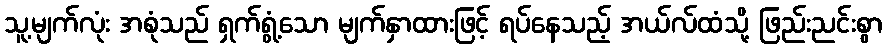
သူ့မျက်လုံး အစုံသည် ရှက်ရွံ့သော မျက်နှာထားဖြင့် ရပ်နေသည့် အယ်လ်ထံသို့ ဖြည်းညင်းစွာ